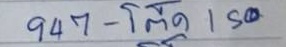
947 - โต๊ด 150